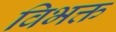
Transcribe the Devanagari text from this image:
विभक्त